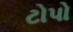
ટોપો